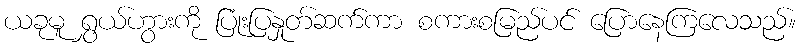
ယခုမူ ရွှယ်ဟွားကို ပြုံးပြနှုတ်ဆက်ကာ စကားစမြည်ပင် ပြောနေကြလေသည်။